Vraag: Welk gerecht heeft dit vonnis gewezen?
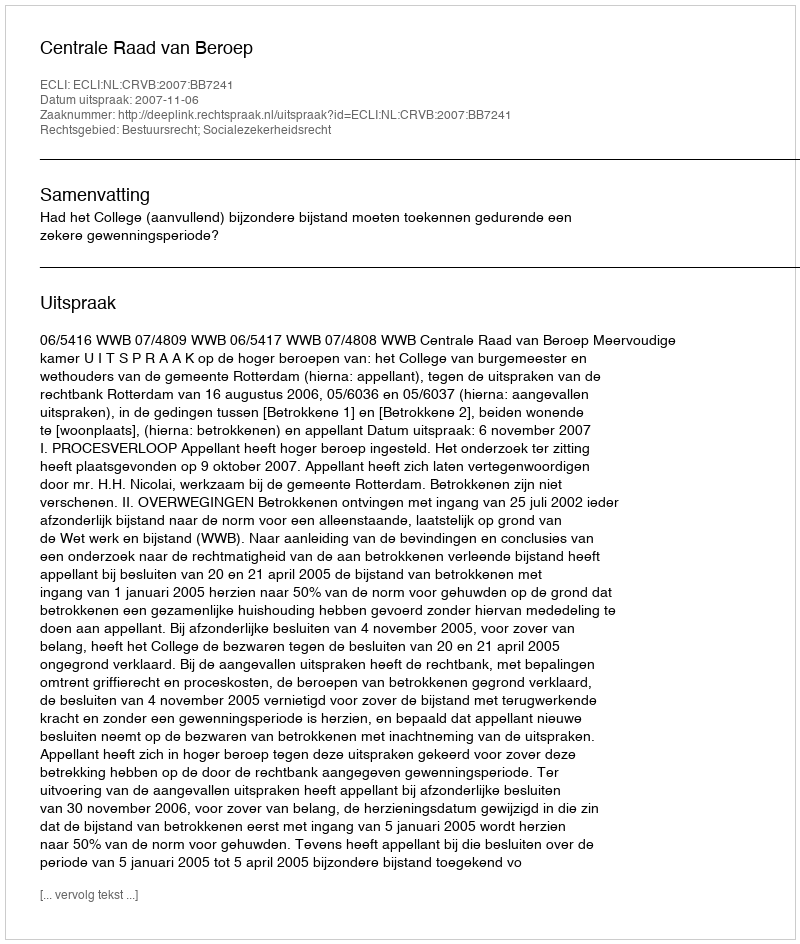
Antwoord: Centrale Raad van Beroep